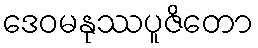
ဒေဝမနုဿပူဇိတော